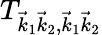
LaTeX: T_{\vec{k}_{1}\vec{k}_{2},\vec{k}_{1}\vec{k}_{2}}